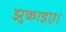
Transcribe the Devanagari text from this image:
झुकाइए।